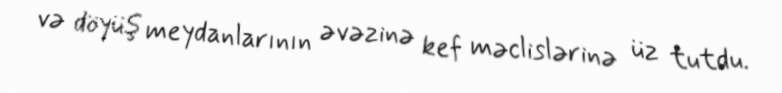
və döyüş meydanlarının əvəzinə kef məclislərinə üz tutdu.